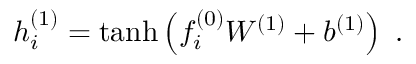
h _ { i } ^ { ( 1 ) } = \operatorname { t a n h } \left( f _ { i } ^ { ( 0 ) } W ^ { ( 1 ) } + b ^ { ( 1 ) } \right) \ .